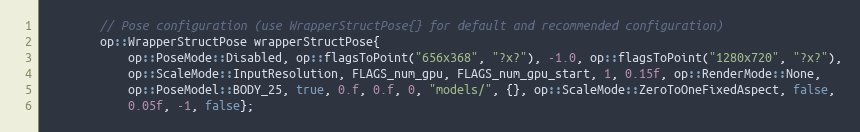
Language: C++
        // Pose configuration (use WrapperStructPose{} for default and recommended configuration)
        op::WrapperStructPose wrapperStructPose{
            op::PoseMode::Disabled, op::flagsToPoint("656x368", "?x?"), -1.0, op::flagsToPoint("1280x720", "?x?"),
            op::ScaleMode::InputResolution, FLAGS_num_gpu, FLAGS_num_gpu_start, 1, 0.15f, op::RenderMode::None,
            op::PoseModel::BODY_25, true, 0.f, 0.f, 0, "models/", {}, op::ScaleMode::ZeroToOneFixedAspect, false,
            0.05f, -1, false};